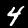
Digit: 4